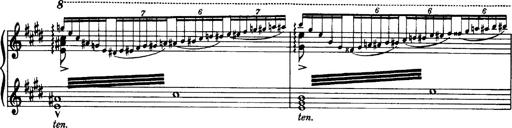
Title: OuvertÃ¼re zu TannhÃ¤user
Composer: Franz Liszt